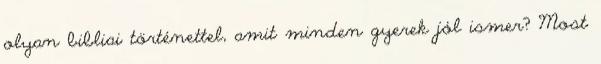
olyan bibliai történettel, amit minden gyerek jól ismer? Most